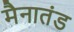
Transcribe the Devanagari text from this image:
मैनातंड